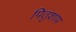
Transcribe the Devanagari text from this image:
पितृशाप